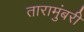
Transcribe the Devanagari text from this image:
तारामुंबरी